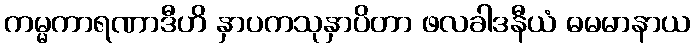
ကမ္မကာရဏာဒီဟိ နှာပကသုနှာပိတာ ဖလခါဒနီယံ ဓမမာနာယ